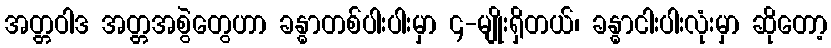
အတ္တဝါဒ အတ္တအစွဲတွေဟာ ခန္ဓာတစ်ပါးပါးမှာ ၄-မျိုးရှိတယ်၊ ခန္ဓာငါးပါးလုံးမှာ ဆိုတော့